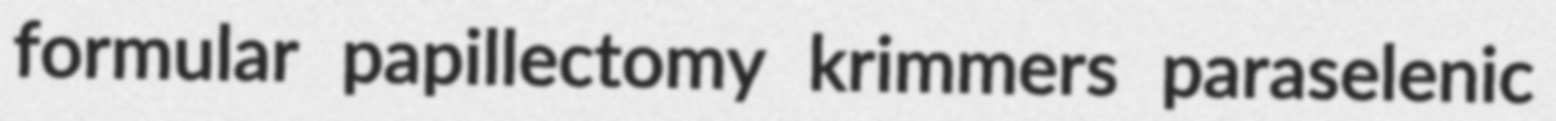
formular papillectomy krimmers paraselenic